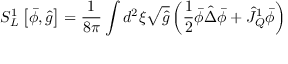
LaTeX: { S _ { L } ^ { 1 } } \left[ \bar { \phi } , \hat { g } \right] = { \frac { 1 } { 8 \pi } } \int { d ^ { 2 } } \xi \sqrt { \hat { g } } \left( { \frac { 1 } { 2 } } \bar { \phi } \hat { \Delta } \bar { \phi } + { \hat { J } _ { Q } ^ { 1 } } \bar { \phi } \right)